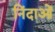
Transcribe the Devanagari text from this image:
निंदाओं